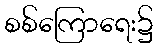
စစ်ကြောရေး၌